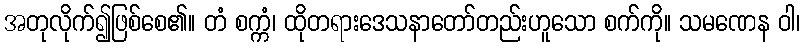
အတုလိုက်၍ဖြစ်စေ၏။ တံ စက္ကံ၊ ထိုတရားဒေသနာတော်တည်းဟူသော စက်ကို။ သမဏေန ဝါ၊